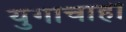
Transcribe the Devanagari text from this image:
युगाचाही